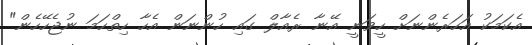
އެކަމަކު އަހަރެންނަށް ހީވަނީ އޭނާ ރެއާލް ގައި ހުންނަން އެހާ ހިތްހަމަ ނުޖެހޭހެން"